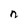
Character: n